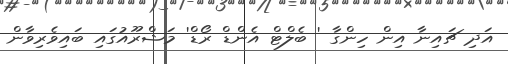
އަދި ޗައިނާ އިން ހިންގާ ' ބެލްޓް އެންޑް ރޯޑް' މަޝްރޫއުގައި ބައިވެރިވާން